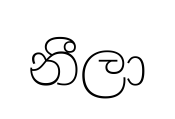
නීලා